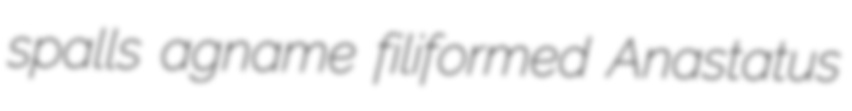
spalls agname filiformed Anastatus